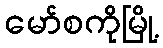
မော်စကိုမြို့